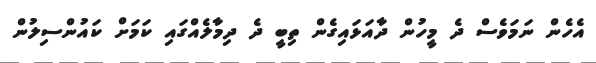
އެހެން ނަމަވެސް ދެ މީހުން ދާއަޅައިގެން ތިބީ ދެ ދިމާލެއްގައި ކަމަށް ކައުންސިލުން